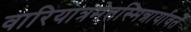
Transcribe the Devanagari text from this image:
वारियात्रमेतस्मिन्नार्यावर्तें